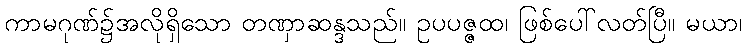
ကာမဂုဏ်၌အလိုရှိသော တဏှာဆန္ဒသည်။ ဥပပဇ္ဇထ၊ ဖြစ်ပေါ်လတ်ပြီ။ မယာ၊